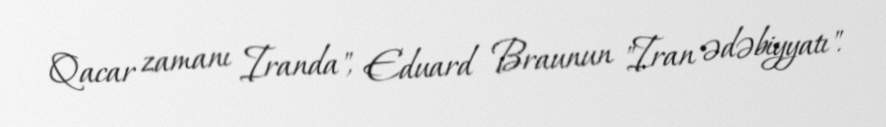
Qacar zamanı Iranda", Eduard Braunun "Iran ədəbiyyatı".